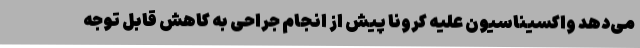
می‌دهد واکسیناسیون علیه کرونا پیش از انجام جراحی به‌ کاهش قابل‌ توجه